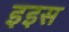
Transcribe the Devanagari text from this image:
इइस